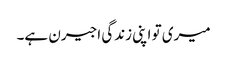
میری تو اپنی زندگی اجیرن ہے۔